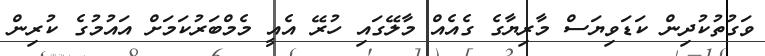
ވަގުތުކުދިން ކަޑަވިޔަސް މާރިޔާގެ ގެއެއް މާލޭގައި ހުރޭ އެއީ މެމްބަރުކަމަށް އައުމުގެ ކުރިން